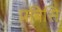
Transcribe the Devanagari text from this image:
प्रबिसि